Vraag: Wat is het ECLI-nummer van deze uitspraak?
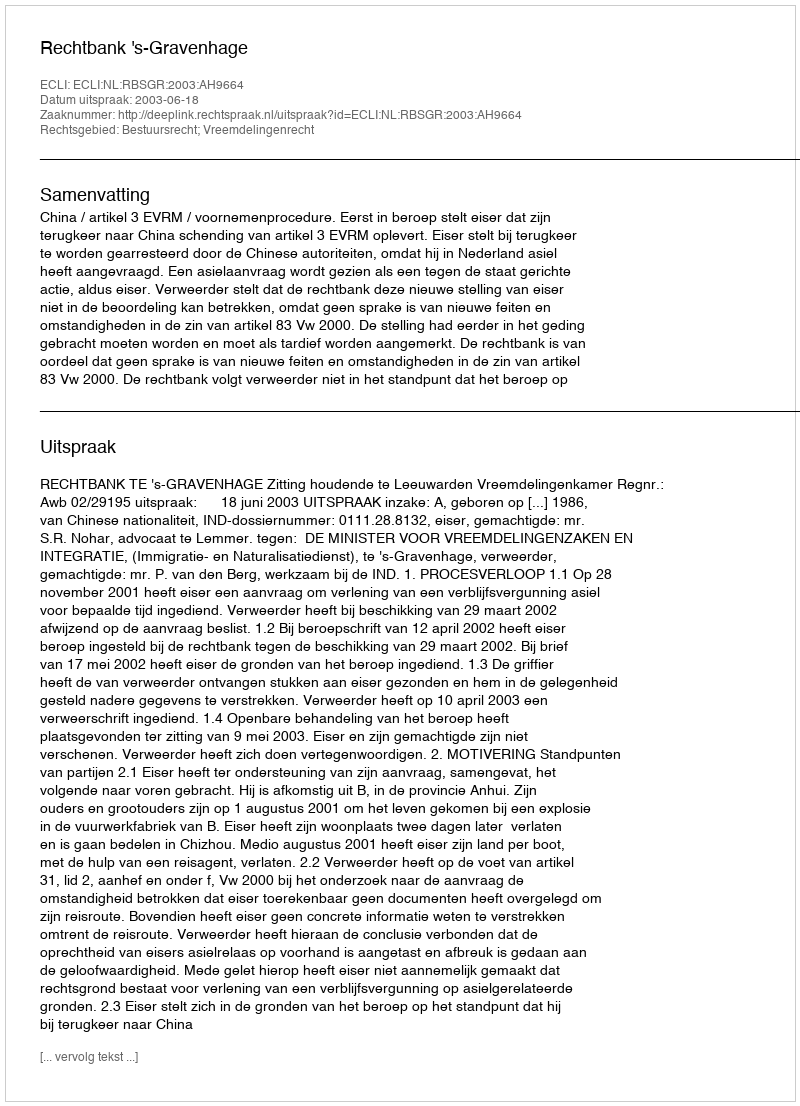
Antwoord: ECLI:NL:RBSGR:2003:AH9664